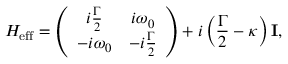
H _ { \mathrm { e f f } } = \left( \begin{array} { c c } { i \frac { \Gamma } { 2 } } & { i \omega _ { 0 } } \\ { - i \omega _ { 0 } } & { - i \frac { \Gamma } { 2 } } \end{array} \right) + i \left( \frac { \Gamma } { 2 } - \kappa \right) \mathbf { I } ,